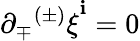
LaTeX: \partial_{\mp}{^{(\pm)}\xi}^{\mathbf{i}}=0